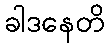
ခါဒနေတိ